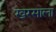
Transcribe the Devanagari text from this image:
खरसाला